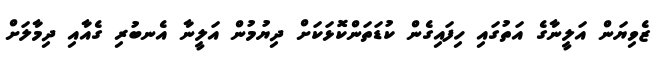
ޒެވިޔަން އަލީނާގެ އަތުގައި ހިފައިގެން ކުޑަތަންކޮޅަކަށް ދިޔުމުން އަލީނާ އެނބުރި ގެއާއި ދިމާލަށް